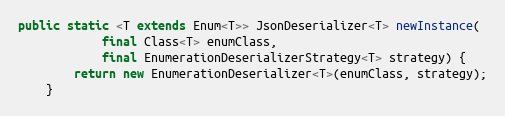
Language: Java
public static <T extends Enum<T>> JsonDeserializer<T> newInstance(
            final Class<T> enumClass,
            final EnumerationDeserializerStrategy<T> strategy) {
        return new EnumerationDeserializer<T>(enumClass, strategy);
    }